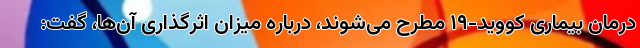
درمان بیماری کووید-۱۹ مطرح می‌شوند، درباره میزان اثرگذاری آن‌ها، گفت: